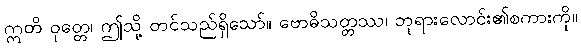
ဣတိ ဝုတ္တေ၊ ဤသို့ တင်သည်ရှိသော်။ ဗောဓိသတ္တဿ၊ ဘုရားလောင်း၏စကားကို။